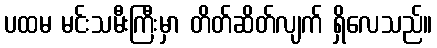
ပထမ မင်းသမီးကြီးမှာ တိတ်ဆိတ်လျက် ရှိလေသည်။